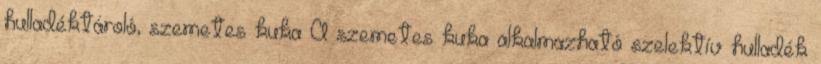
hulladéktároló, szemetes kuka A szemetes kuka alkalmazható szelektív hulladék